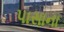
પાસાના